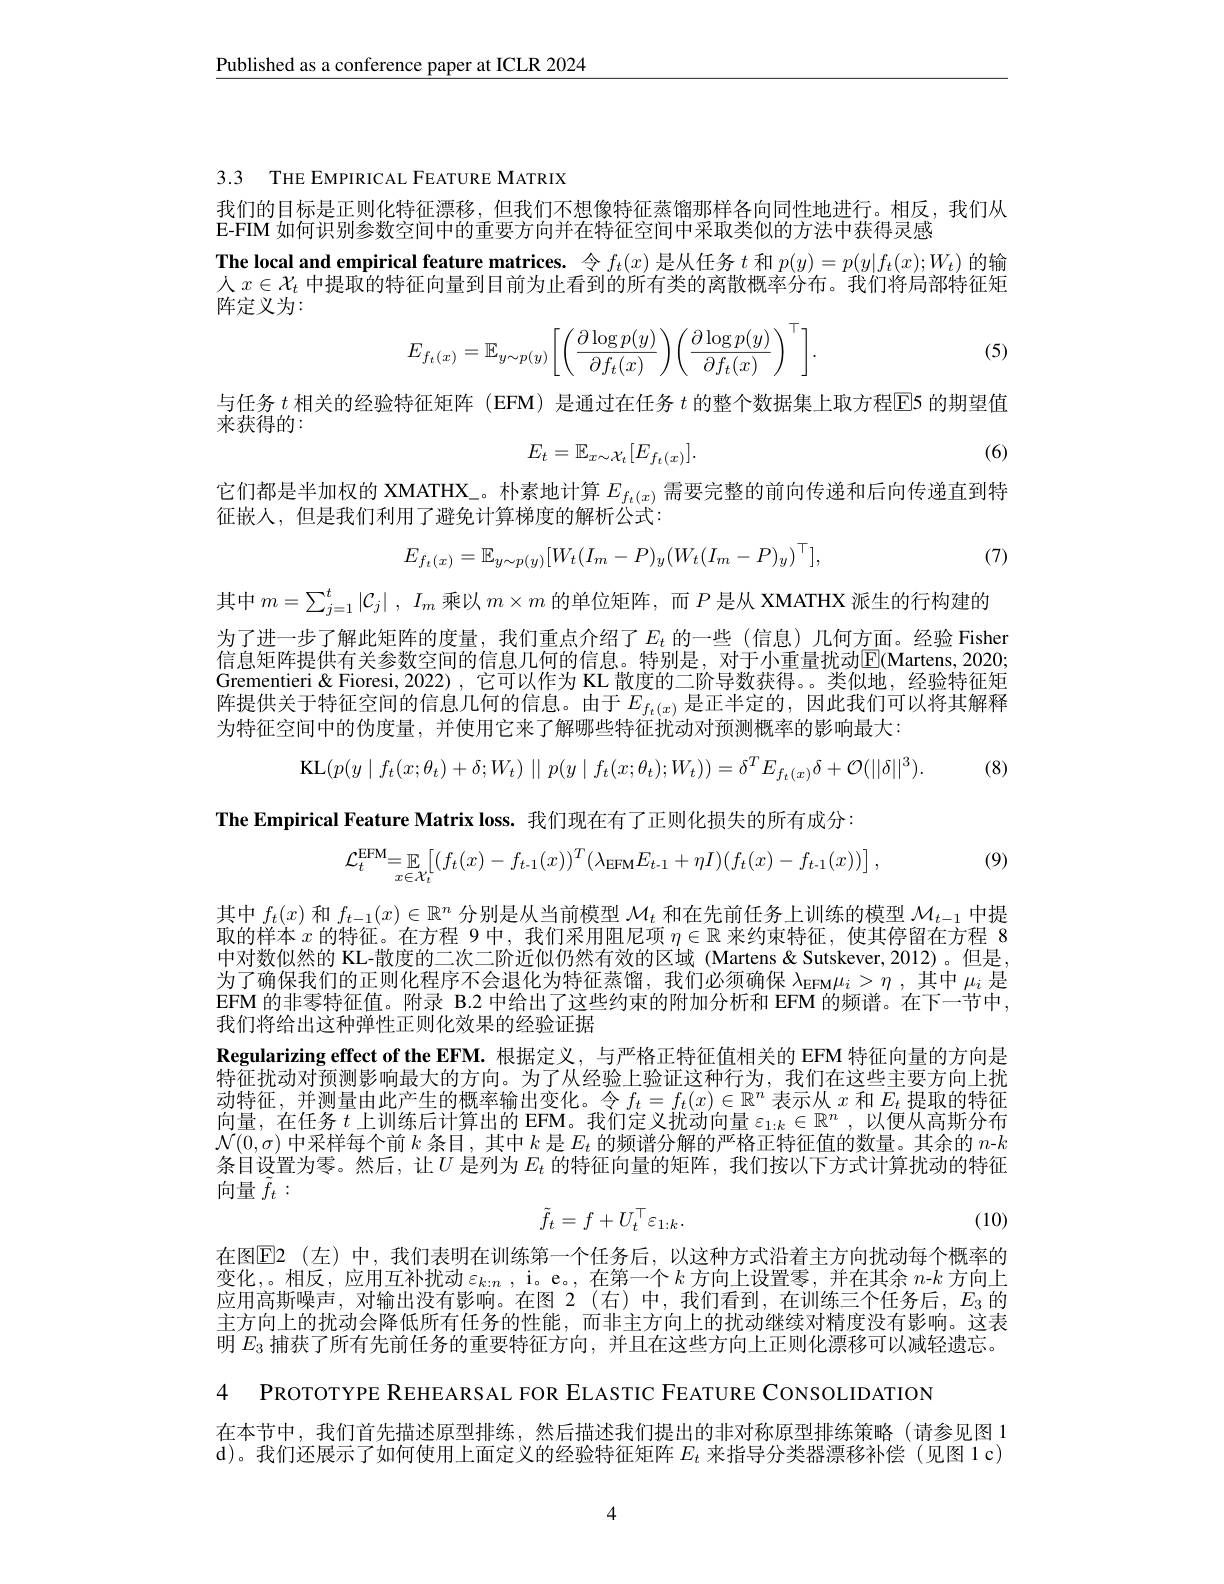
$\underline{\text{Published as a conference paper at ICLR 2024}}$

3.3 THE EMPIRICAL FEATURE MATRIX

我们的目标是正则化特征漂移，但我们不想像特征蒸馏那样各向同性地进行。相反，我们从
E-FIM 如何识别参数空间中的重要方向并在特征空间中采取类似的方法中获得灵感
The local and empirical feature matrices. 令$f_t(x)$是从任务$t$和$p(y)=p(y|f_t(x);W_t)$的输人$x\in\mathcal{X}_t$中提取的特征向量到目前为止看到的所有类的离散概率分布。我们将局部特征矩阵定义为：
$$E_{f_t(x)}=\mathbb{E}_{y\sim p(y)}\bigg[\bigg(\dfrac{\partial\log p(y)}{\partial f_t(x)}\bigg)\bigg(\dfrac{\partial\log p(y)}{\partial f_t(x)}\bigg)^\top\bigg].$$
(5)

与任务$t$相关的经验特征矩阵 (EFM) 是通过在任务$t$的整个数据集上取方程$\overline{\mathrm{E}}$5 的期望值

来获得的：

(6)
$$E_t=\mathbb{E}_{x\sim\mathcal{X}_t}[E_{f_t(x)}].$$
它们都是半加权的 XMATHX\_。朴素地计算$E_{f_t(x)}$需要完整的前向传递和后向传递直到特
征嵌入，但是我们利用了避免计算梯度的解析公式：

(7)
$$E_{f_t(x)}=\mathbb{E}_{y\sim p(y)}[W_t(I_m-P)_y(W_t(I_m-P)_y)^\top],$$
其中$m= \sum _{j= 1}^t| \mathcal{C} _j|$ , $I_m$乘以$m\times m$的单位矩阵，而$P$是从 XMATHX 派生的行构建的为了进一步了解此矩阵的度量，我们重点介绍了$E_t$ 的一些(信息)几何方面。经验 Fisher 信息矩阵提供有关参数空间的信息几何的信息。特别是，对于小重量扰动$\mathbb{E}($Martens,2020; Grementieri& Fioresi, 2022) ,它可以作为 KL 散度的二阶导数获得。。类似地，经验特征矩阵提供关于特征空间的信息几何的信息。由于$E_{f_t(x)}$ 是正半定的，因此我们可以将其解释为特征空间中的伪度量，并使用它来了解哪些特征扰动对预测概率的影响最大：
$$\mathrm{KL}(p(y\mid f_{t}(x;\theta_{t})+\delta;W_{t})\mid\mid p(y\mid f_{t}(x;\theta_{t});W_{t}))=\delta^{T}E_{f_{t}(x)}\delta+\mathcal{O}(||\delta||^{3}).$$
The Empirical Feature Matrix loss. 我们现在有了正则化损失的所有成分：

(9)
$$\mathcal{L}_{t}^{\mathrm{EFM}}=\mathbb{E}_{x\in\mathcal{X}_{t}}\Big[(f_{t}(x)-f_{t-1}(x))^{T}(\lambda_{\mathrm{EFM}}E_{t-1}+\eta I)(f_{t}(x)-f_{t-1}(x))\Big]\:,$$
其中$f_t(x)$和$f_t-1(x)\in\mathbb{R}^n$分别是从当前模型$\mathcal{M}_t$和在先前任务上训练的模型$\mathcal{M}_t-1$中提取的样本$x$的特征。在方程 9 中，我们采用阻尼项$\eta\in\mathbb{R}$来约束特征，使其停留在方程 8中对数似然的 KL-散度的二次二阶近似仍然有效的区域 (Martens&Sutskever,2012)。但是， 为了确保我们的正则化程序不会退化为特征蒸馏，我们必须确保$\lambda_\mathrm{EFM}\mu_i>\eta$ ,其中$\mu_i$是EFM 的非零特征值。附录 B.2 中给出了这些约束的附加分析和 EFM 的频谱。在下一节中， 我们将给出这种弹性正则化效果的经验证据
Regularizing effect of the EFM.根据定义，与严格正特征值相关的 EFM 特征向量的方向是特征扰动对预测影响最大的方向。为了从经验上验证这种行为，我们在这些主要方向上扰动特征，并测量由此产生的概率输出变化。令$f_t=f_t(x)\in\mathbb{R}^n$表示从$x$和$E_t$提取的特征向量，在任务$t$上训练后计算出的 EFM。我们定义扰动向量$\varepsilon_1:k\in\mathbb{R}^n$,以便从高斯分布$\mathcal{N}(\overline{0},\sigma)$中采样每个前$k$条目，其中$k$是$E_t$的频谱分解的严格正特征值的数量。其余的$n$-$k$ 条目设置为零。然后，让$U$ 是列为$E_t$ 的特征向量的矩阵，我们按以下方式计算扰动的特征向量$\tilde{f}_t:$
$$\tilde{f}_t=f+U_t^\top\varepsilon_{1:k}.$$
(10)

在图$\operatorname{E}$2(左)中，我们表明在训练第一个任务后，以这种方式沿着主方向扰动每个概率的变化，。相反，应用互补扰动$\varepsilon_k:n$, i。e。, 在第一个$k$方向上设置零，并在其余$n$-$k$方向上应用高斯噪声，对输出没有影响。在图 2(右)中，我们看到，在训练三个任务后，$E_3$的主方向上的扰动会降低所有任务的性能，而非主方向上的扰动继续对精度没有影响。这表明$E_{3}$捕获了所有先前任务的重要特征方向，并且在这些方向上正则化漂移可以减轻遗忘。

4 PROTOTYPE REHEARSAL FOR ELASTIC FEATURE CONSOLIDATION

在本节中，我们首先描述原型排练，然后描述我们提出的非对称原型排练策略(请参见图 1

d)。我们还展示了如何使用上面定义的经验特征矩阵$E_t$来指导分类器漂移补偿 (见图 1 c)

4